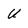
Character: U